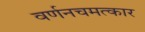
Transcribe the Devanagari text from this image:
वर्णनचमत्कार